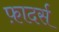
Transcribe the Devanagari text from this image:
फ़ादर्स